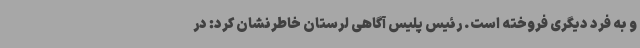
و به فرد دیگری فروخته است. رئیس پلیس آگاهی لرستان خاطرنشان کرد: در